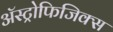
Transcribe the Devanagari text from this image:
अॅस्ट्रोफिजिक्स